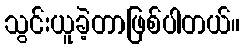
သွင်းယူခဲ့တာဖြစ်ပါတယ်။